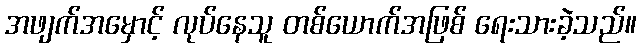
အဖျက်အမှောင့် လုပ်နေသူ တစ်ယောက်အဖြစ် ရေးသားခဲ့သည်။